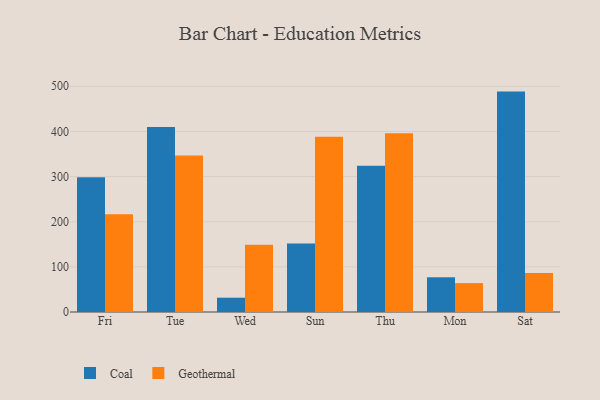
{"axis": {"x": "Day", "y": "Energy Usage (MWh)"}, "legend": ["Coal", "Geothermal"], "data": [{"x": "Fri", "y": 298.6, "type": "Coal"}, {"x": "Fri", "y": 216.4, "type": "Geothermal"}, {"x": "Tue", "y": 409.7, "type": "Coal"}, {"x": "Tue", "y": 346.9, "type": "Geothermal"}, {"x": "Wed", "y": 31.7, "type": "Coal"}, {"x": "Wed", "y": 148.7, "type": "Geothermal"}, {"x": "Sun", "y": 151.8, "type": "Coal"}, {"x": "Sun", "y": 388.2, "type": "Geothermal"}, {"x": "Thu", "y": 324.1, "type": "Coal"}, {"x": "Thu", "y": 395.9, "type": "Geothermal"}, {"x": "Mon", "y": 76.9, "type": "Coal"}, {"x": "Mon", "y": 64.0, "type": "Geothermal"}, {"x": "Sat", "y": 488.2, "type": "Coal"}, {"x": "Sat", "y": 86.3, "type": "Geothermal"}]}